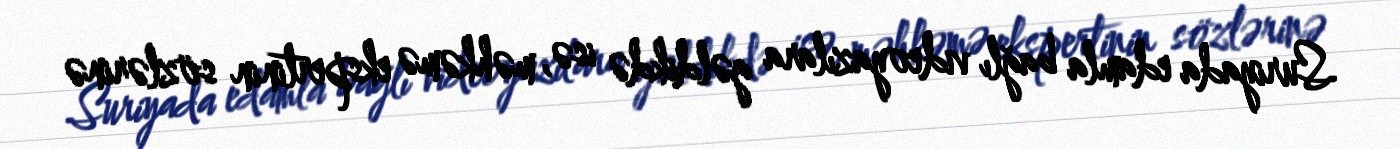
Suriyada edamla bağlı videoyazılara gəldikdə isə, məhkəmə ekspertinin sözlərinə